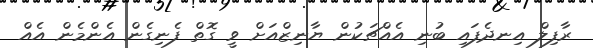
ރާފިލް އިނދެފައި ބުނި އެއްޗަކުން ޔާނިޒްއަށް ވީ ގޮތް ފެނިގެން އެންމެން އެއް